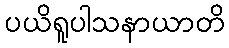
ပယိရူပါသနာယာတိ